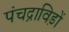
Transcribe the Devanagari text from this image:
पंचद्राविड़ों